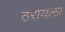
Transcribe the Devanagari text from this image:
ठरायला